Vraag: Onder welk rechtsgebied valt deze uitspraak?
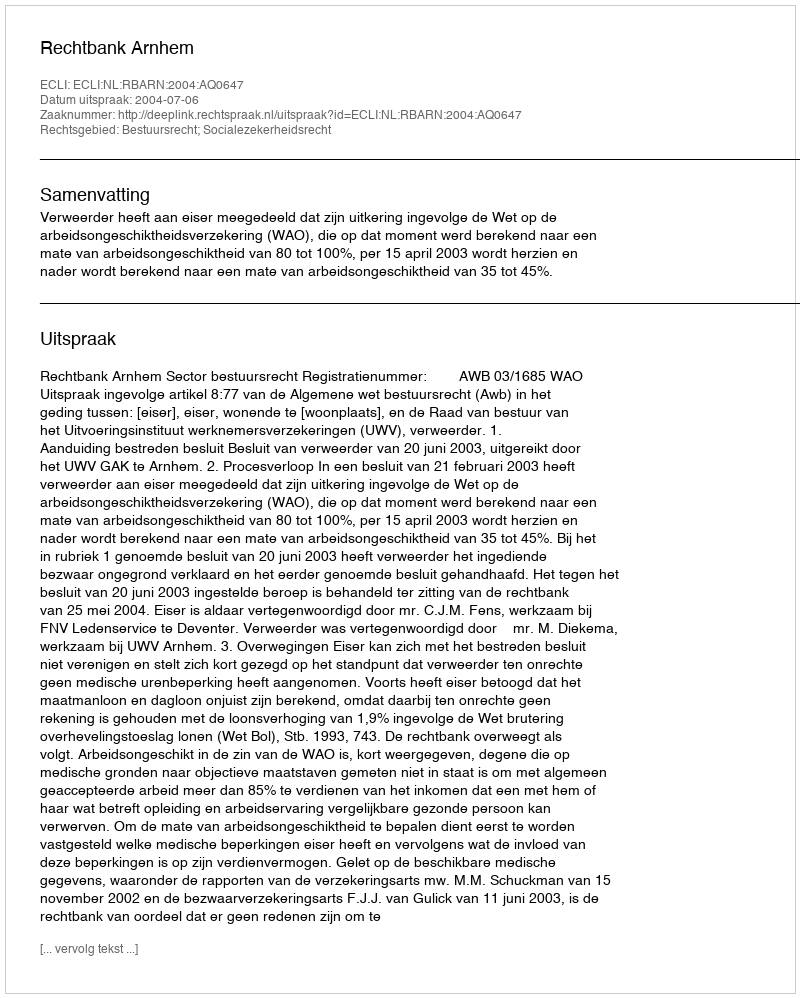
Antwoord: Bestuursrecht; Socialezekerheidsrecht